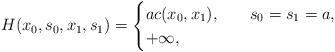
LaTeX: \begin{align*}H(x_0,s_0,x_1,s_1) = \begin{cases} ac(x_0,x_1),\quad& s_0 = s_1 = a,\\ +\infty,\quad&\end{cases}\end{align*}